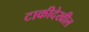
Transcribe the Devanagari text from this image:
टाकीदेखील